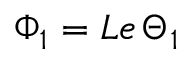
\Phi _ { 1 } = L e \, \Theta _ { 1 }